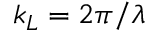
k _ { L } = 2 \pi / \lambda